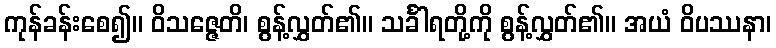
ကုန်ခန်းစေ၍။ ဝိသဇ္ဇေတိ၊ စွန့်လွှတ်၏။ သင်္ခါရတို့ကို စွန့်လွှတ်၏။ အယံ ဝိပဿနာ၊